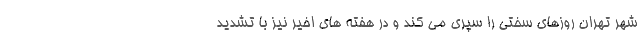
شهر تهران روزهای سختی را سپری می کند و در هفته های اخیر نیز با تشدید